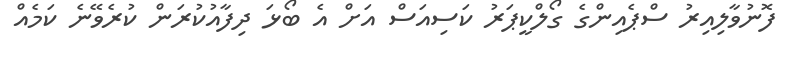
ފޮނުވާލިއިރު ސްޕެއިންގެ ގޯލްކީޕަރު ކަސިއަސް އަށް އެ ބޯޅަ ދިފާއުކުރަން ކުރެވޭނެ ކަމެއް